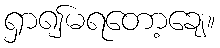
ရှာ၍မရတော့ချေ။